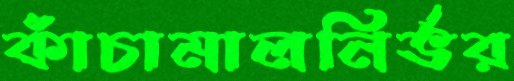
কাঁচামালনির্ভর